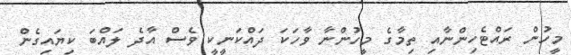
މީހުން ރައްޓެހިންނާއި ތިމާގެ މީހުންނާ ވާހަކަ ދައްކަނީކީ ވެސް އާދެ ލައްބަ ކިޔައިގެން